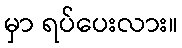
မှာ ရပ်ပေးလား။